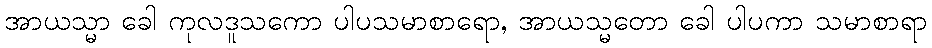
အာယသ္မာ ခေါ ကုလဒူသကော ပါပသမာစာရော, အာယသ္မတော ခေါ ပါပကာ သမာစာရာ